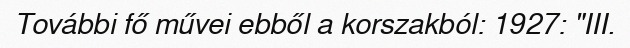
További fő művei ebből a korszakból: 1927: "III.